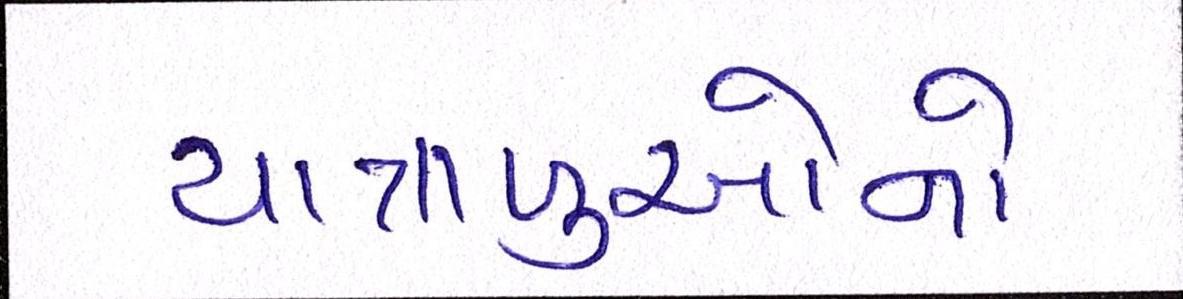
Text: યાત્રાળુઓનો